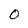
Character: O